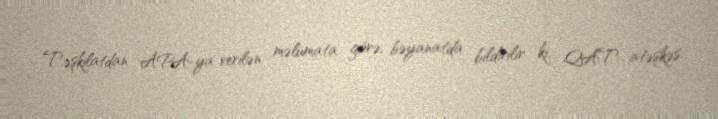
Təşkilatdan APA-ya verilən məlumata görə, bəyanatda bildirilir ki, QAT atəşkəs